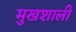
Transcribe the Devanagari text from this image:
मुखशाली